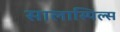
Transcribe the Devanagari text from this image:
सालास्पिल्स